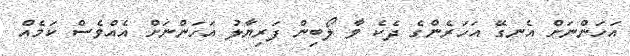
އަހަންނަށް އެނގޭ އަހަރެންގެ ދެކެ ވާ ލޯބިން ފަރިޔާލު އަހަންނަށް އެއްވެސް ކަމެއް